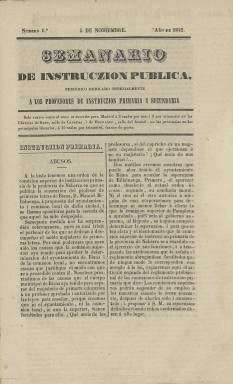
Título: Semanario de instruczión pública
Otros títulos: Semanario de instrucción pública
Colección: Educación
Ámbito geográfico: Madrid
Lugar de publicación: Madrid
Fechas: 05/11/1842-31/12/1842

Se trata de uno de los primeros ejemplos de prensa pedagógica de la España liberal dirigido a los profesores de instrucción primaria y secundaria. Uno de sus rasgos más sobresalientes es que está redactado con unas chocantes reglas de ortografía que no son las actuales, como se puede ver enseguida en el mismo título de la publicación con el uso de la z tras la c de Instruczión. De hecho, en varios números se podrá ver el nombre de Cicerón escrito con la letra zeta, es decir, Zizerón.

   Este periódico editado en Madrid, que como su mismo título especifica era de periodicidad semanal, es continuación de otro llamado El Educador que comenzó a editarse en 1842, de ahí que en su primer número no aparezca una información introductoria explicando su propósito, lo que era entonces usual en toda nueva publicación. Por el contrario, el primer número del Semanario se abre sin más preámbulos con una noticia titulada ‘Abusos’ en la que se denuncia la destitución de un maestro de primaria en un pueblo de Navarra.

  Con ocho páginas por número, la información de este periódico es básicamente profesional y corporativa, con noticias sobre métodos educativos y asuntos de interés para los profesores, como las plazas vacantes en toda España. Hay también una sección de bibliografía y otra de Variedades (Bariedades con B en la peculiar ortografía del periódico) que sirve de cajón de sastre para todo tipo de información relacionada con el mundo de la enseñanza.

   En el número 3 del periódico se puede leer cómo la introducción de una nueva ortografía era una iniciativa de la llamada Academia Literaria y Zientifica de Profesores de Instruczion Primaria de Madrid. El objetivo era que los niños consiguieran una pronunciación y locución correcta. El Semanario, que era el periódico que seguía las recomendaciones de dicha Academia, recoge una sesión de la misma con intervención de sus miembros que explican las características de las nuevas reglas ortográficas. Esta información ocupa casi todas las páginas del número.

   La Biblioteca Nacional de España solo posee los números de este periódico correspondientes al año de 1842. Al parecer se prolongó durante algún año más pero su empeño en una nueva ortografía no tuvo seguidores y no acabó cuajando.

[Descripción publicada el 16/8/2022]